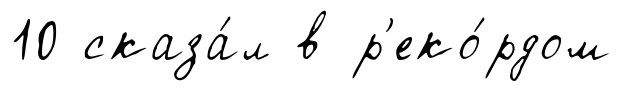
10 сказа́л в р'еко́рдом